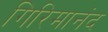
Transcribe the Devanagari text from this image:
गिरिमानंद